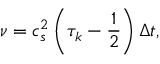
\nu = c _ { s } ^ { 2 } \left( \tau _ { k } - \frac { 1 } { 2 } \right) \Delta t ,